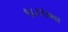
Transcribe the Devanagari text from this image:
१८८९च्या